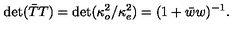
\det ( \bar { T } T ) = \det ( \kappa _ { o } ^ { 2 } / \kappa _ { e } ^ { 2 } ) = ( 1 + \bar { w } w ) ^ { - 1 } .